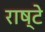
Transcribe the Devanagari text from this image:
राष्टे